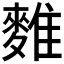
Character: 𪍇